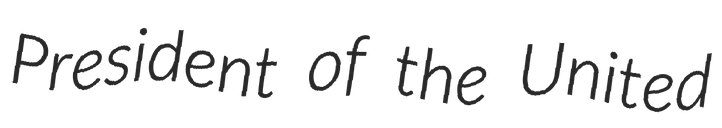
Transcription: President of the United